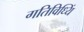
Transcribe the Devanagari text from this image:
गतिविध्यिं